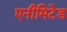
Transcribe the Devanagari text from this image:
एनीमिटेड